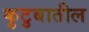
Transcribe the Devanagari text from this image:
कुटुबातील